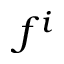
f ^ { i }